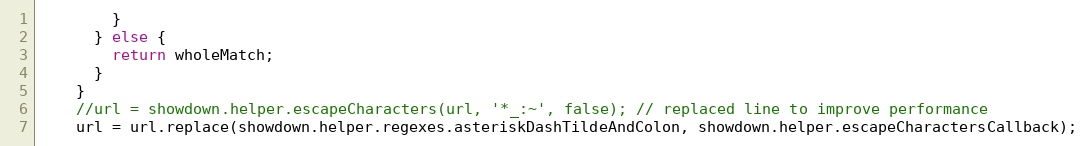
Language: JavaScript
        }
      } else {
        return wholeMatch;
      }
    }
    //url = showdown.helper.escapeCharacters(url, '*_:~', false); // replaced line to improve performance
    url = url.replace(showdown.helper.regexes.asteriskDashTildeAndColon, showdown.helper.escapeCharactersCallback);